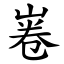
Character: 㟡